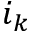
i _ { k }